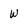
Character: W